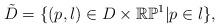
LaTeX: \begin{align*}\tilde{D}=\{(p,l)\in D\times\mathbb{R}\mathbb{P}^1|p\in l\},\end{align*}